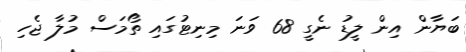
ބަޔާން އިން ލީޑު ނެގީ 68 ވަނަ މިނިޓުގައި ތޯމަސް މުލާ ޖެހި